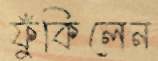
ফুঁকিলেন